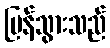
ပြန်သွားသည်